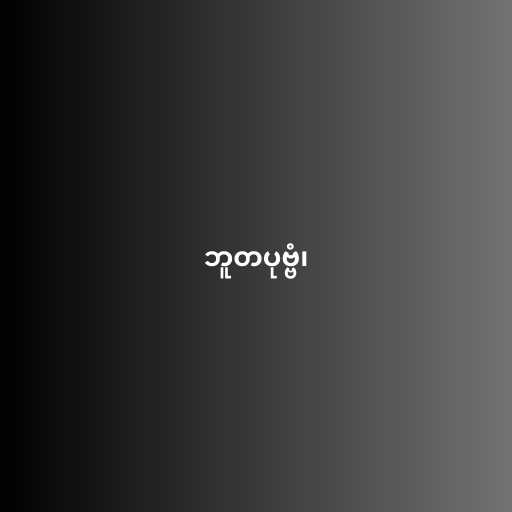
ဘူတပုဗ္ဗံ၊